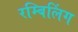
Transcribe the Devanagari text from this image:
रम्बिलिंग